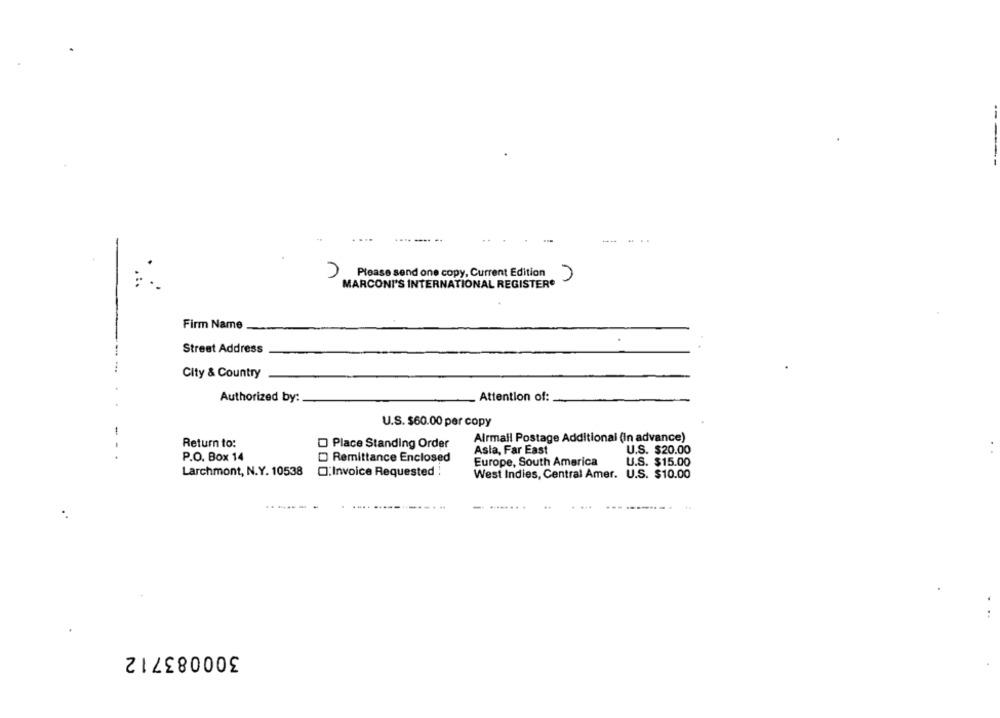
-..
Please send one copy, Current Edition )
MARCONI'S INTERNATIONAL REGISTER*
Firm Name
Street Address
City & Country
Authorized by:
Attention of:
U.S. $60.00 per copy
1
Alrmail Postage Additional (In advance)
Return to:
Place Standing Order
Asla, Far East
U.S. $20.00
P.O. Box 14
Remittance Enclosed
Europe, South America
U.S. $15.00
Larchmont, N.Y. 10538
:Invoice Requested :
West Indies, Central Amer. U.S. $10.00
300083712